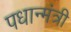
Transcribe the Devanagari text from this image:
पधान्मंत्री